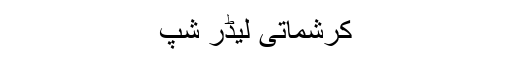
کرشماتی لیڈر شپ